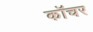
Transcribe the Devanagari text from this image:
कॉचर